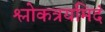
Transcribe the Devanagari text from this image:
श्लोकत्रयमिदं